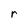
Character: r